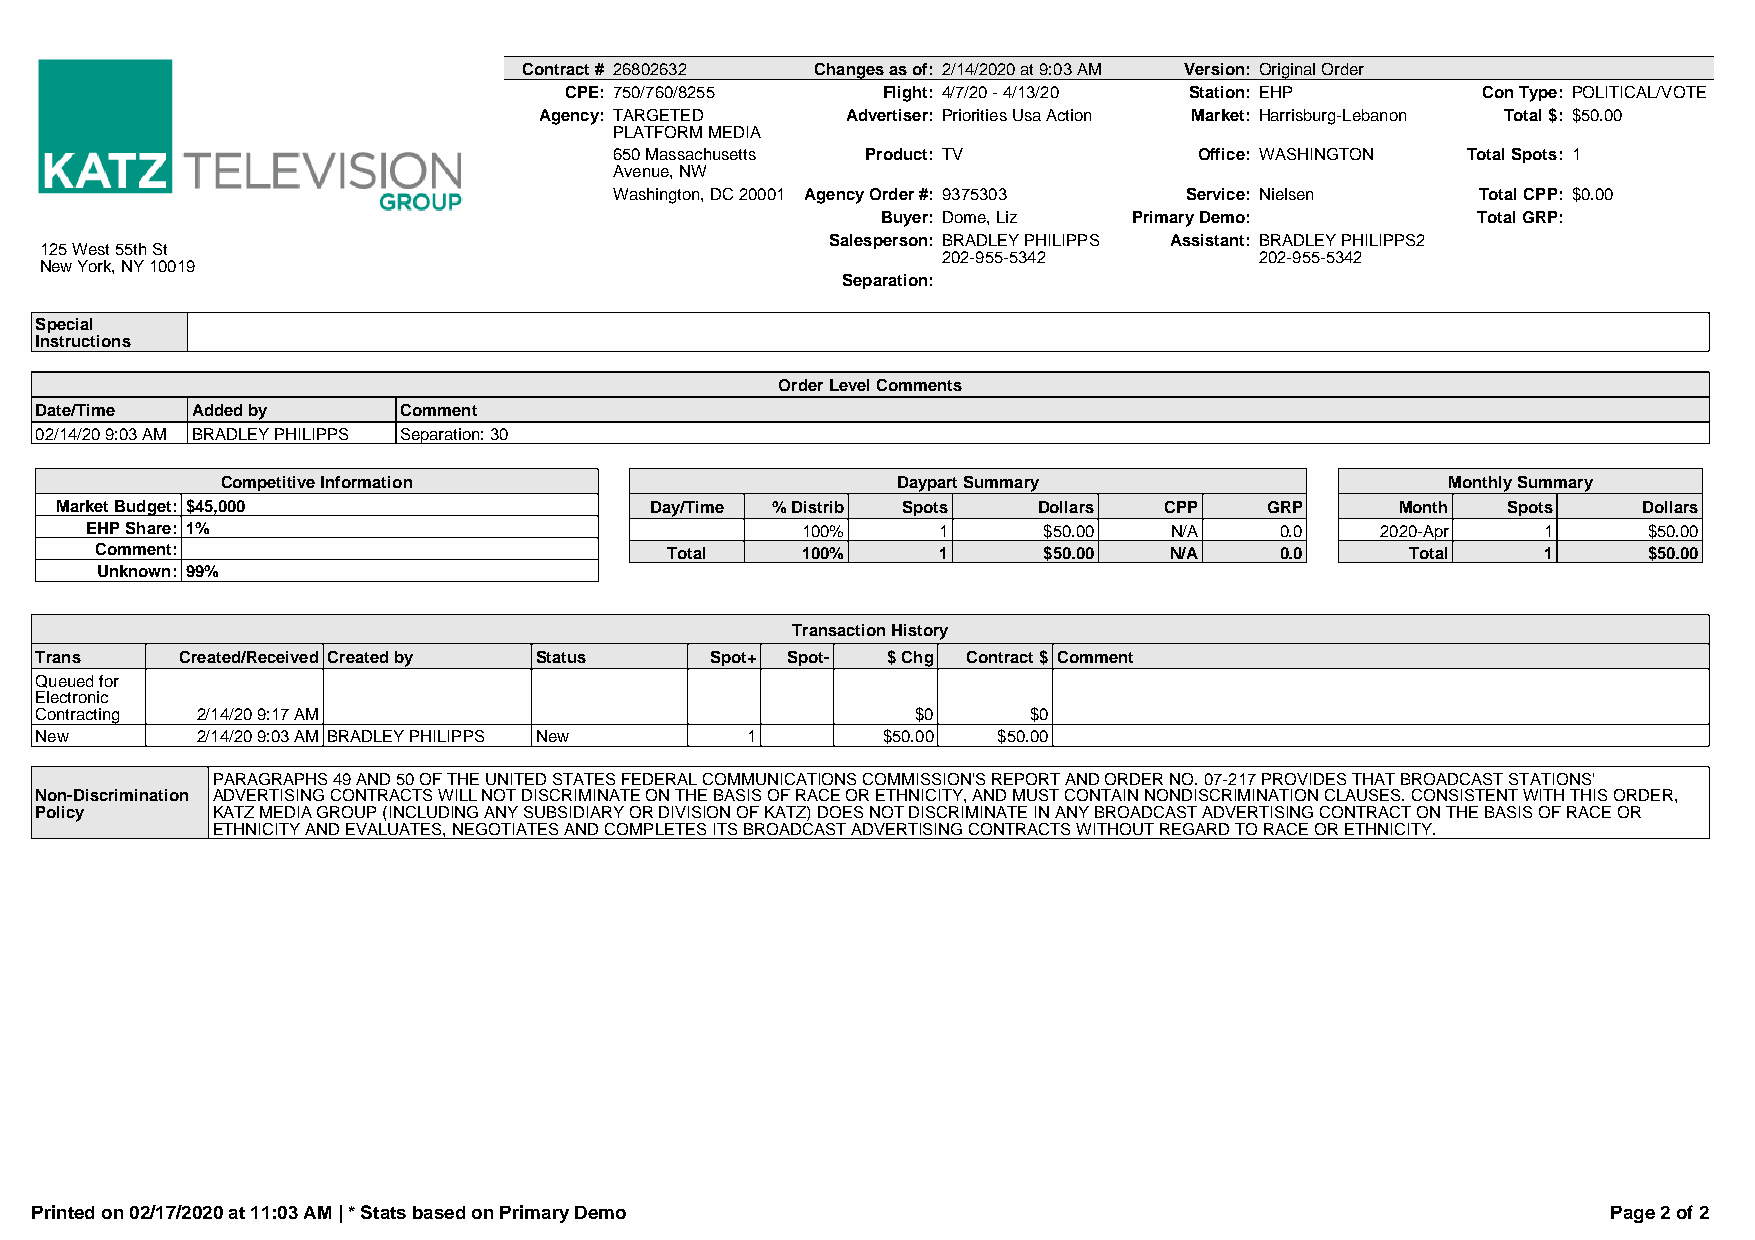
Contract # 26802632 Changes as of: 2/14/2020 at 9:03 AM Version: Original Order
 CPE: 750/760/8255    Flight: 4/7/20 - 4/13/20 Station: EHP   Con Type: POLITICAL/VOTE
 Agency: TARGETED    Advertiser: Priorities Usa Action Market: Harrisburg-Lebanon Total $: $50.00
 PLATFORM MEDIA
 650 Massachusetts Product: TV         Office: WASHINGTON Total Spots: 1
 Avenue, NW
 Washington, DC 20001 Agency Order #: 9375303 Service: Nielsen Total CPP: $0.00
 Buyer: Dome, Liz Primary Demo:          Total GRP:
 Salesperson: BRADLEY PHILIPPS Assistant: BRADLEY PHILIPPS2
 125 West 55th St
 202-955-5342         202-955-5342
 New York, NY 10019
 Separation:
 Special
 Instructions
 Order Level Comments
 Date/Time  Added by     Comment
 02/14/20 9:03 AM BRADLEY PHILIPPS Separation: 30
 Competitive Information                     Daypart Summary                      Monthly Summary
 Market Budget: $45,000                 Day/Time % Distrib Spots  Dollars CPP    GRP      Month  Spots    Dollars
 EHP Share: 1%                                  100%     1      $50.00  N/A     0.0   2020-Apr   1      $50.00
 Comment:                              Total    100%     1      $50.00  N/A     0.0     Total    1      $50.00
 Unknown: 99%
 Transaction History
 Trans     Created/Received Created by Status Spot+ Spot- $ Chg Contract $ Comment
 Queued for
 Electronic
 Contracting 2/14/20 9:17 AM                                $0     $0
 New        2/14/20 9:03 AM BRADLEY PHILIPPS New 1       $50.00  $50.00
 PARAGRAPHS 49 AND 50 OF THE UNITED STATES FEDERAL COMMUNICATIONS COMMISSION'S REPORT AND ORDER NO. 07-217 PROVIDES THAT BROADCAST STATIONS'
 Non-Discrimination ADVERTISING CONTRACTS WILL NOT DISCRIMINATE ON THE BASIS OF RACE OR ETHNICITY, AND MUST CONTAIN NONDISCRIMINATION CLAUSES. CONSISTENT WITH THIS ORDER,
 Policy      KATZ MEDIA GROUP (INCLUDING ANY SUBSIDIARY OR DIVISION OF KATZ) DOES NOT DISCRIMINATE IN ANY BROADCAST ADVERTISING CONTRACT ON THE BASIS OF RACE OR
 ETHNICITY AND EVALUATES, NEGOTIATES AND COMPLETES ITS BROADCAST ADVERTISING CONTRACTS WITHOUT REGARD TO RACE OR ETHNICITY.
 Printed on 02/17/2020 at 11:03 AM | * Stats based on Primary Demo                                        Page 2 of 2